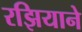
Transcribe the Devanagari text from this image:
रझियाने